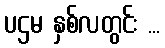
ပဌမ နှစ်လတွင်း ...